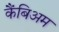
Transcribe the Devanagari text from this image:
कैंबिअम